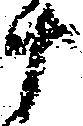
十